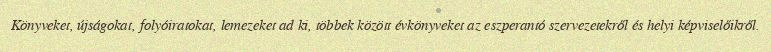
Könyveket, újságokat, folyóiratokat, lemezeket ad ki, többek között évkönyveket az eszperantó szervezetekről és helyi képviselőikről.